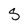
Character: S